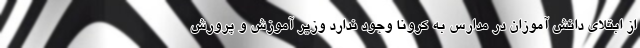
از ابتلای دانش آموزان در مدارس به کرونا وجود ندارد وزیر آموزش و پرورش